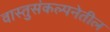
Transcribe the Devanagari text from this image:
वास्तुसंकल्पनेतील